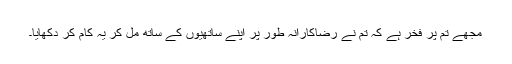
مجھے تم پر فخر ہے کہ تم نے رضاکارانہ طور پر اپنے ساتھیوں کے ساتھ مل کر یہ کام کر دکھایا۔